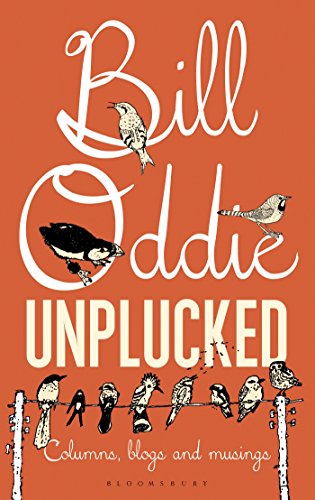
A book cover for Bill Oddie Unplucked: Columns, Blogs and Musings (Bloomsbury Nature Writing); Bill Oddie; Travel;